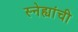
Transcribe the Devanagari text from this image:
स्नेह्यांची